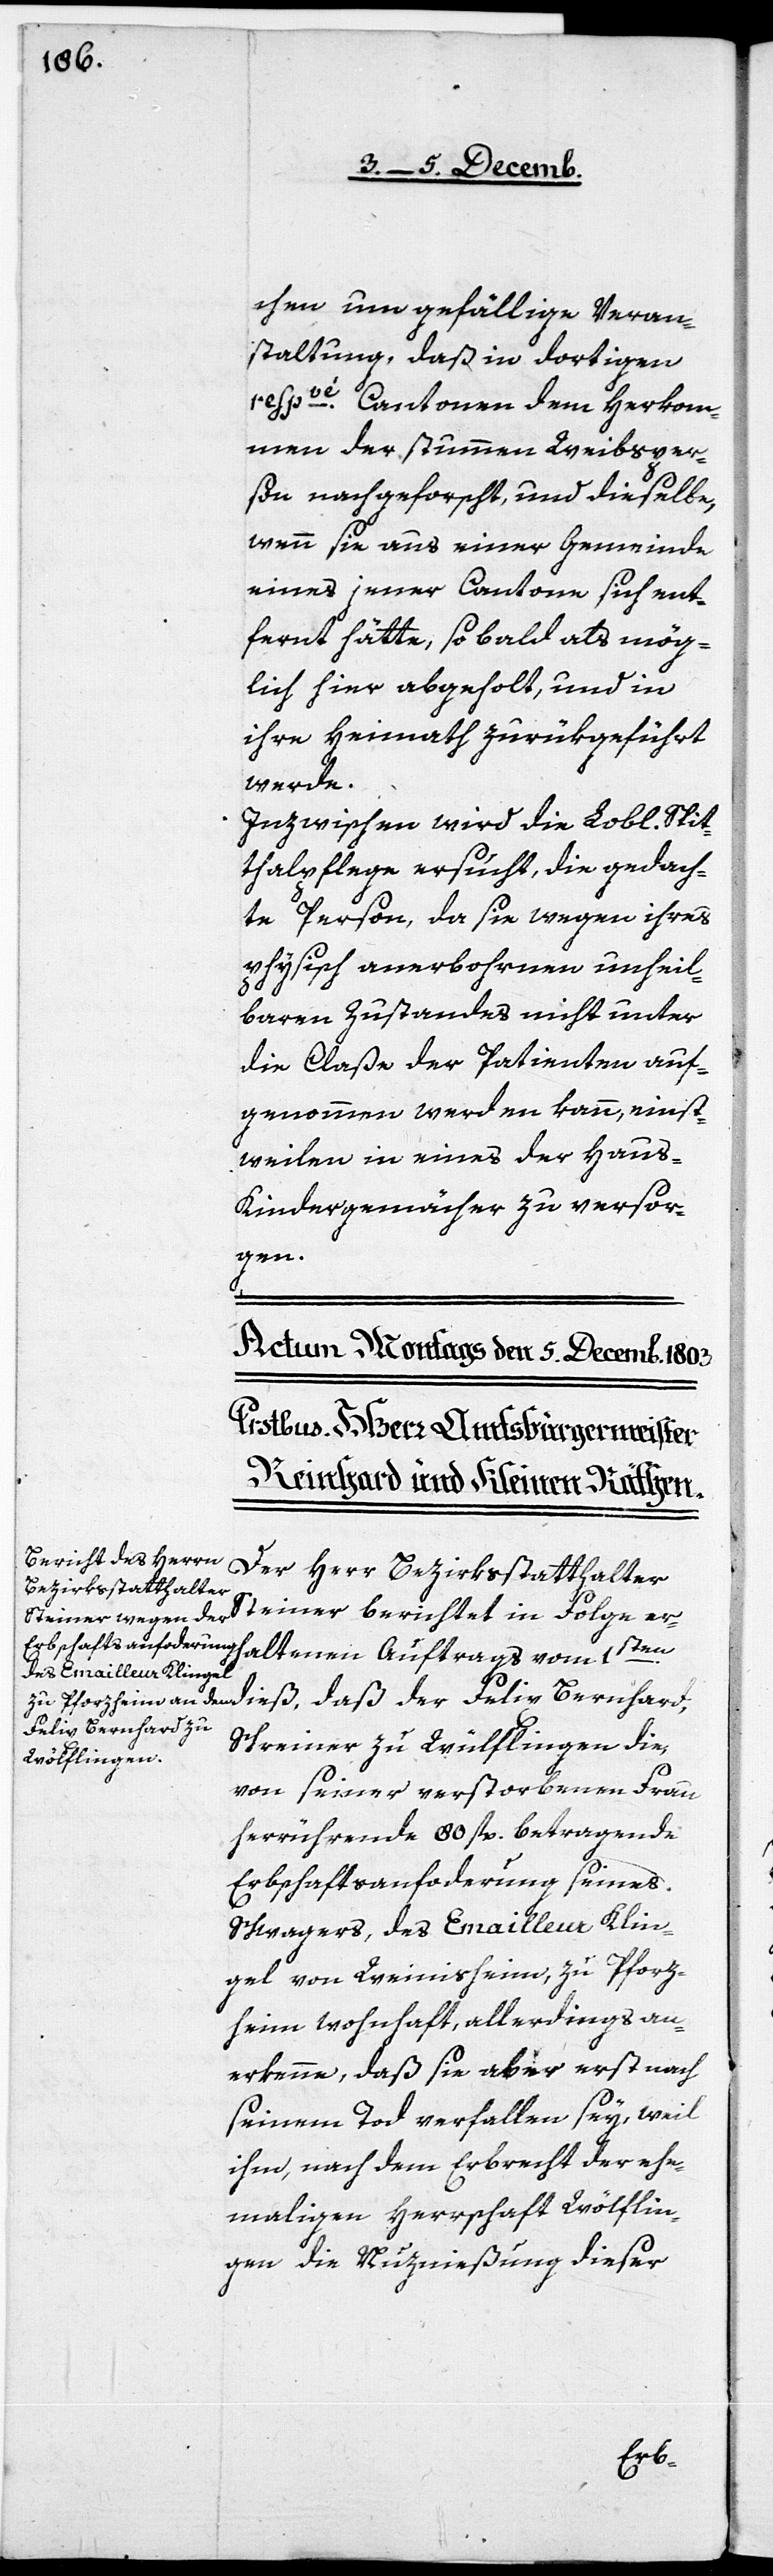
chen um gefällige Veran¬
staltung, daß in dortigen
respvé Cantonen dem Herkom¬
men der stummen Weibspers¬
on nachgeforscht, und dieselbe,
wenn sie aus einer Gemeinde
eines jener Cantone sich ent¬
fernt hätte, so bald als mög¬
lich hier abgeholt, und in
ihre Heimath zurükgeführt
werde.
Inzwischen wird die Lobl. Spit¬
thalpflege ersucht, die gedach¬
te Person, da sie wegen ihres
physisch anerbohrnen unheil¬
baren Zustandes nicht unter
die Claße der Patienten auf¬
genommen werden kann, einst¬
weilen in eines der Haus-K¬
indergemächer zu versor¬
gen.
Der Herr Bezirksstatthalter
Steiner berichtet in Folge er¬
haltenen Auftrags vom 1sten.
Felix Bernhard,
Schreiner zu Wülflingen [sic!]
von seiner verstorbenen Frau
herrührende 80 fl. betragende
Erbschaftsanforderung seines
Schwagers, des Emailleur Klin¬
gel von Weinisheim, zu Pforz¬
heim wohnhaft, allerdings an¬
erkenne, daß sie aber erst nach
seinem Tod verfallen sey, weil
ihm, nach dem Erbrecht der ehe¬
mahligen Herrschaft Wölflin¬
gen die Nuznießung dieser